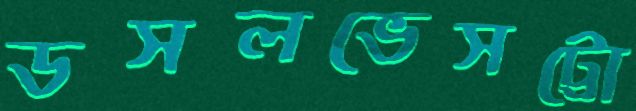
ডসলভেসট্রো